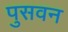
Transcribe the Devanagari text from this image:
पुसवन